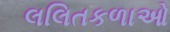
લલિતકળાઓ